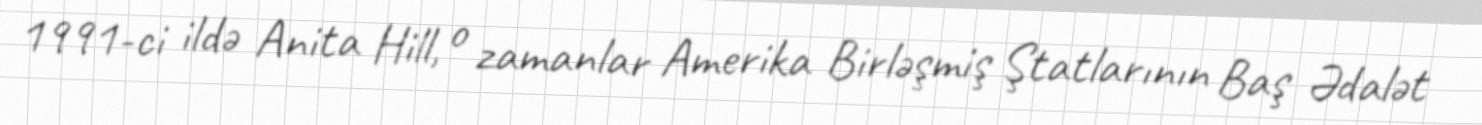
1991-ci ildə Anita Hill, o zamanlar Amerika Birləşmiş Ştatlarının Baş Ədalət